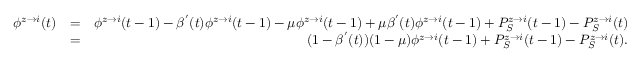
\begin{array} { r l r } { \phi ^ { z \rightarrow i } ( t ) } & { = } & { \phi ^ { z \rightarrow i } ( t - 1 ) - \beta ^ { ' } ( t ) \phi ^ { z \rightarrow i } ( t - 1 ) - \mu \phi ^ { z \rightarrow i } ( t - 1 ) + \mu \beta ^ { ' } ( t ) \phi ^ { z \rightarrow i } ( t - 1 ) + P _ { S } ^ { z \rightarrow i } ( t - 1 ) - P _ { S } ^ { z \rightarrow i } ( t ) } \\ & { = } & { ( 1 - \beta ^ { ' } ( t ) ) ( 1 - \mu ) \phi ^ { z \rightarrow i } ( t - 1 ) + P _ { S } ^ { z \rightarrow i } ( t - 1 ) - P _ { S } ^ { z \rightarrow i } ( t ) . } \end{array}